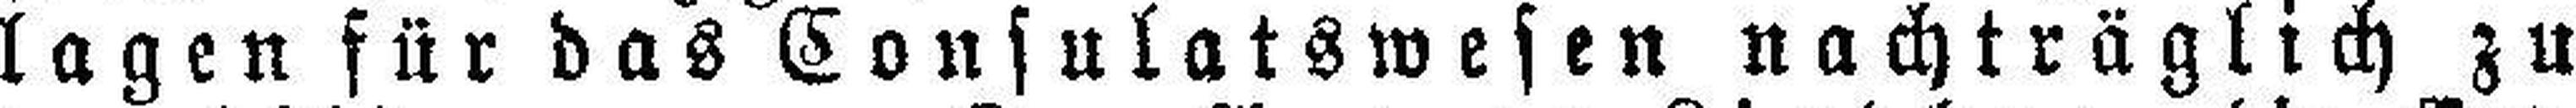
lagen für das Consulatswesen nachträglich zu